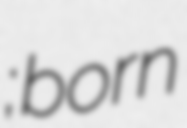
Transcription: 廖運範; born